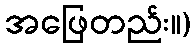
အဖြေတည်း။)